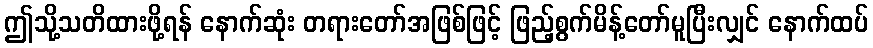
ဤသို့သတိထားဖို့ရန် နောက်ဆုံး တရားတော်အဖြစ်ဖြင့် ဖြည့်စွက်မိန့်တော်မူပြီးလျှင် နောက်ထပ်